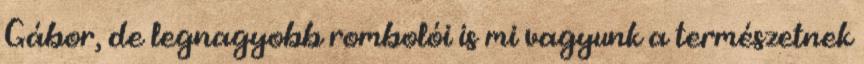
Gábor, de legnagyobb rombolói is mi vagyunk a természetnek